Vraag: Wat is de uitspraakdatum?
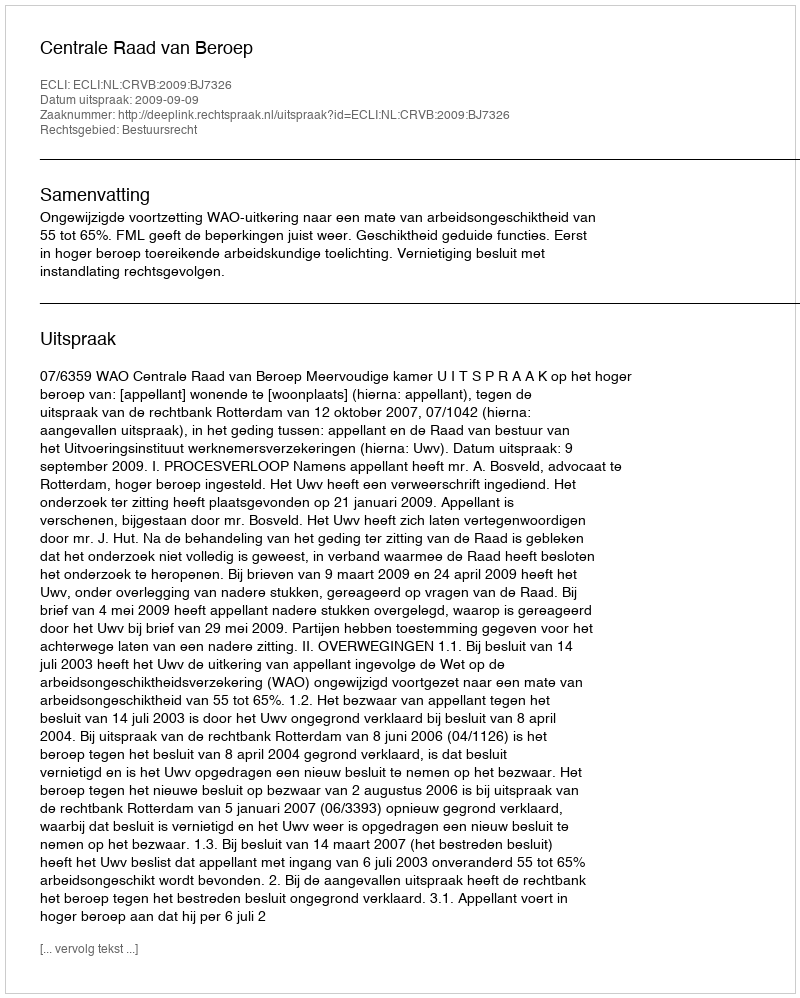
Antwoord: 2009-09-09